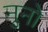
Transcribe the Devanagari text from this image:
नुनो